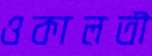
ওকালতী